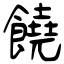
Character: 饒